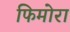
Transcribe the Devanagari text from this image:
फिमोरा